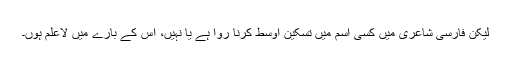
لیکن فارسی شاعری میں کسی اسم میں تسکینِ اوسط کرنا روا ہے یا نہیں، اِس کے بارے میں لاعلم ہوں۔